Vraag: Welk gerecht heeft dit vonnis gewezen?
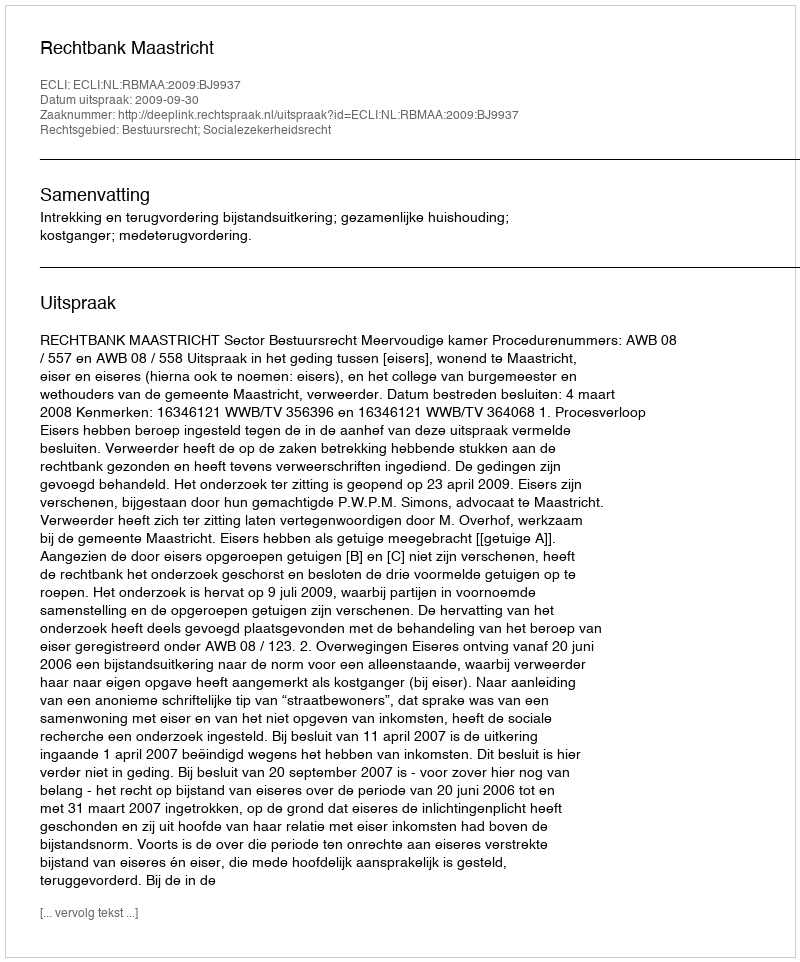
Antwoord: Rechtbank Maastricht